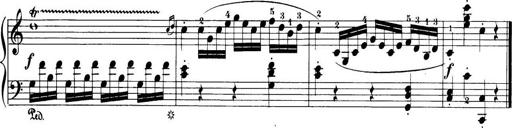
Title: 32 Sonatinas and Rondos for the Piano
Composer: Richard Kleinmichel